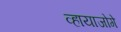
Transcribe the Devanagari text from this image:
व्हायाजोगे